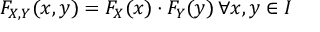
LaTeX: F _ { X , Y } ( x , y ) = F _ { X } ( x ) \cdot F _ { Y } ( y ) \, \forall x , y \in I